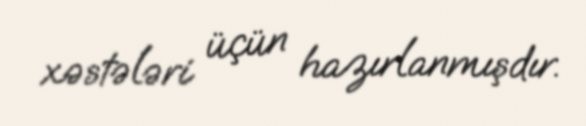
xəstələri üçün hazırlanmışdır.